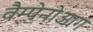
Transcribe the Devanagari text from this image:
वैम्पेनोआग